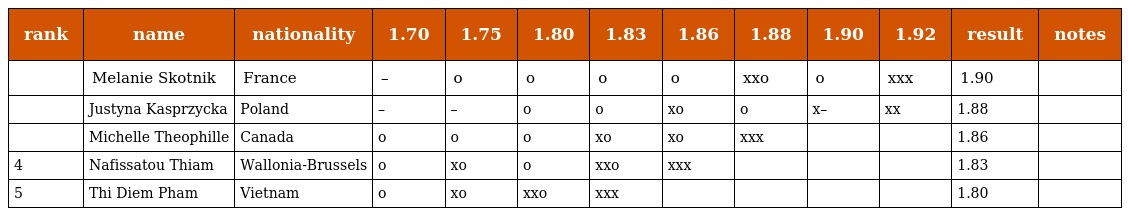
| rank | name | nationality | 1.70 | 1.75 | 1.80 | 1.83 | 1.86 | 1.88 | 1.90 | 1.92 | result | notes |
 | --- | --- | --- | --- | --- | --- | --- | --- | --- | --- | --- | --- | --- |
 |  | Melanie Skotnik | France | – | o | o | o | o | xxo | o | xxx | 1.90 |  |
 |  | Justyna Kasprzycka | Poland | – | – | o | o | xo | o | x– | xx | 1.88 |  |
 |  | Michelle Theophille | Canada | o | o | o | xo | xo | xxx |  |  | 1.86 |  |
 | 4 | Nafissatou Thiam | Wallonia-Brussels | o | xo | o | xxo | xxx |  |  |  | 1.83 |  |
 | 5 | Thi Diem Pham | Vietnam | o | xo | xxo | xxx |  |  |  |  | 1.80 |  |